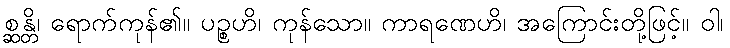
စ္ဆန္တိ၊ ရောက်ကုန်၏။ ပဉ္စဟိ၊ ကုန်သော။ ကာရဏေဟိ၊ အကြောင်းတို့ဖြင့်။ ဝါ၊